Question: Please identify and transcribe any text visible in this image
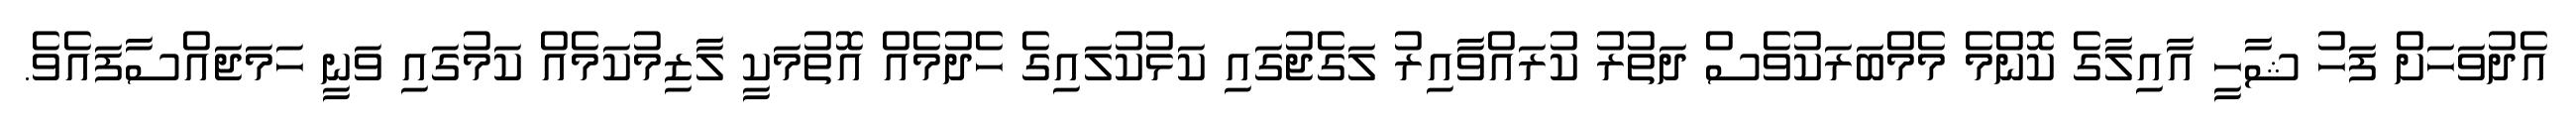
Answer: އެދުވަހަށް ފަހު ޝާހީ އާއިލާގެ ކޮންމެ މެމްބަރަކުވެސް ދަތުރު ކުރައްވާއިރު ލަގެޖުގައި ކަޅުކުލައިގެ ހެދުމެއް އޮތުމަކީ ލާޒިމުކަމެއް ކަމުގައި ވަނީ ހަމަޖައްސާފައެވެ.